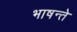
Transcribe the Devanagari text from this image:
भाषन्ते